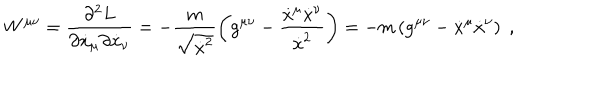
LaTeX: W ^ { \mu \nu } = \frac { \partial ^ { 2 } L } { \partial \dot { x } _ { \mu } \partial \dot { x } _ { \nu } } = - \frac { m } { \sqrt { \dot { x } ^ { 2 } } } \left( g ^ { \mu \nu } - \frac { \dot { x } ^ { \mu } \dot { x } ^ { \nu } } { \dot { x } ^ { 2 } } \right) = - m \left( g ^ { \mu \nu } - \dot { x } ^ { \mu } \dot { x } ^ { \nu } \right) \; ,